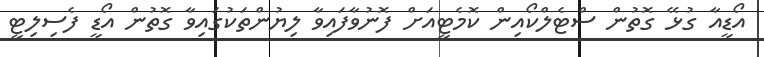
އޯޑީއާ ގުޅޭ ގޮތުން ސްޓެލްކޯއިން ކޮމެޓީއަށް ފޮނުވާފައިވާ ލިޔުންތަކުގައިވާ ގޮތުން އޯޑީ ފެސިލިޓީ